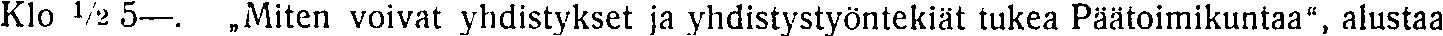
Klo ½2 5—. Miten voivat yhdistykset ja yhdistystyöntekiät tukea Päätoimikuntaa'', alustaa